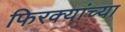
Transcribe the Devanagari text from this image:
फिरक्यांच्या